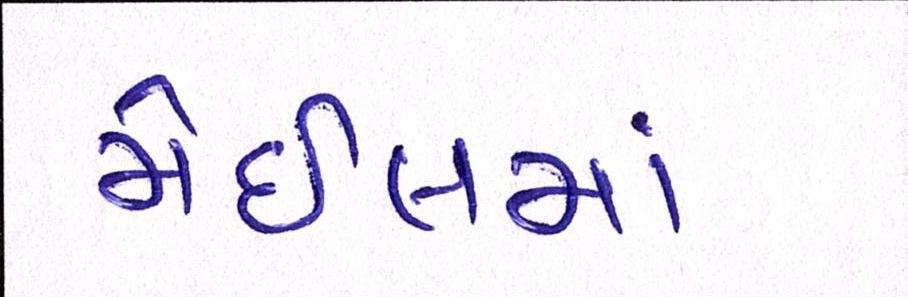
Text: મેઇલમાં